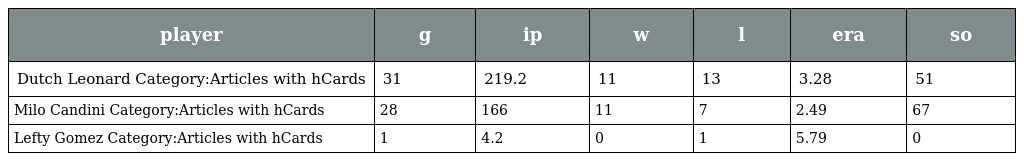
| player | g | ip | w | l | era | so |
 | --- | --- | --- | --- | --- | --- | --- |
 | Dutch Leonard Category:Articles with hCards | 31 | 219.2 | 11 | 13 | 3.28 | 51 |
 | Milo Candini Category:Articles with hCards | 28 | 166 | 11 | 7 | 2.49 | 67 |
 | Lefty Gomez Category:Articles with hCards | 1 | 4.2 | 0 | 1 | 5.79 | 0 |